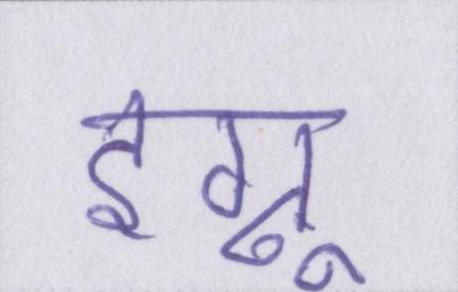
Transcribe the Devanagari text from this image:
इग्नू